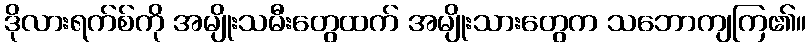
ဒိုလားရက်စ်ကို အမျိုးသမီးတွေထက် အမျိုးသားတွေက သဘောကျကြ၏။